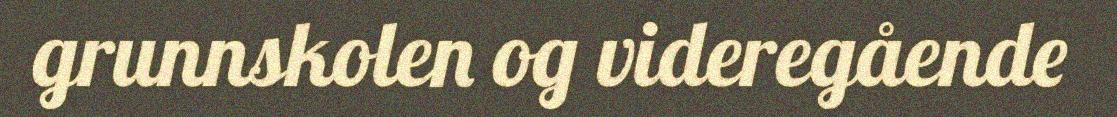
grunnskolen og videregående